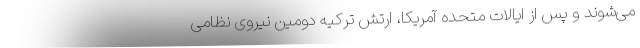
می‌شوند و پس از ایالات متحده آمریکا، ارتش ترکیه دومین نیروی نظامی